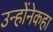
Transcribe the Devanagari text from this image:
उन्होंनेकहा